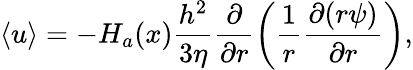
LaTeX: \left\langle u\right\rangle=-H_{a}(x)\frac{h^{2}}{3\eta}\frac{\partial}{\partial r}\left(\frac{1}{r}\frac{\partial(r\psi)}{\partial r}\right),